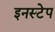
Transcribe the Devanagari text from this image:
इनस्टेप